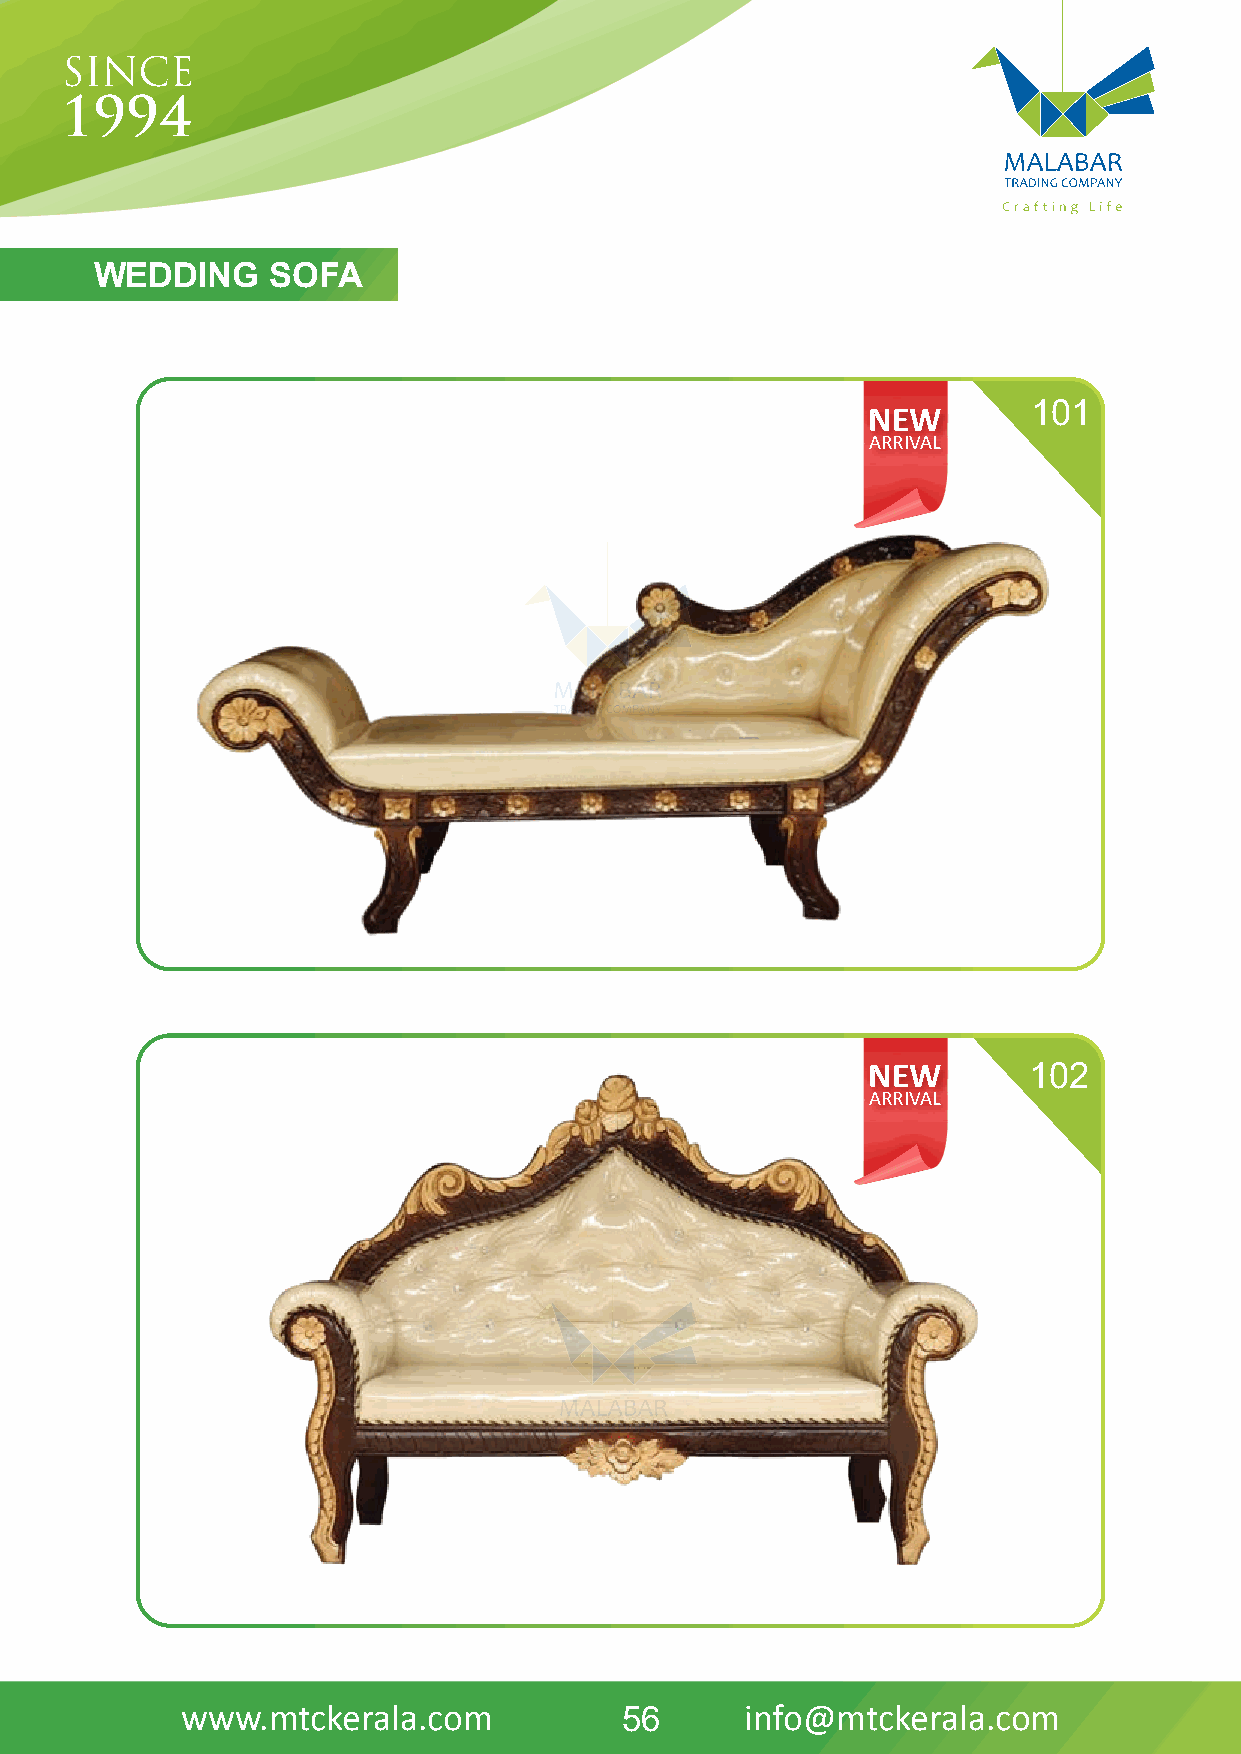
WEDDING     SOFA
 NEW        101
 ARRIVAL
 NEW        102
 ARRIVAL
 www.mtckerala.com            56      info@mtckerala.com